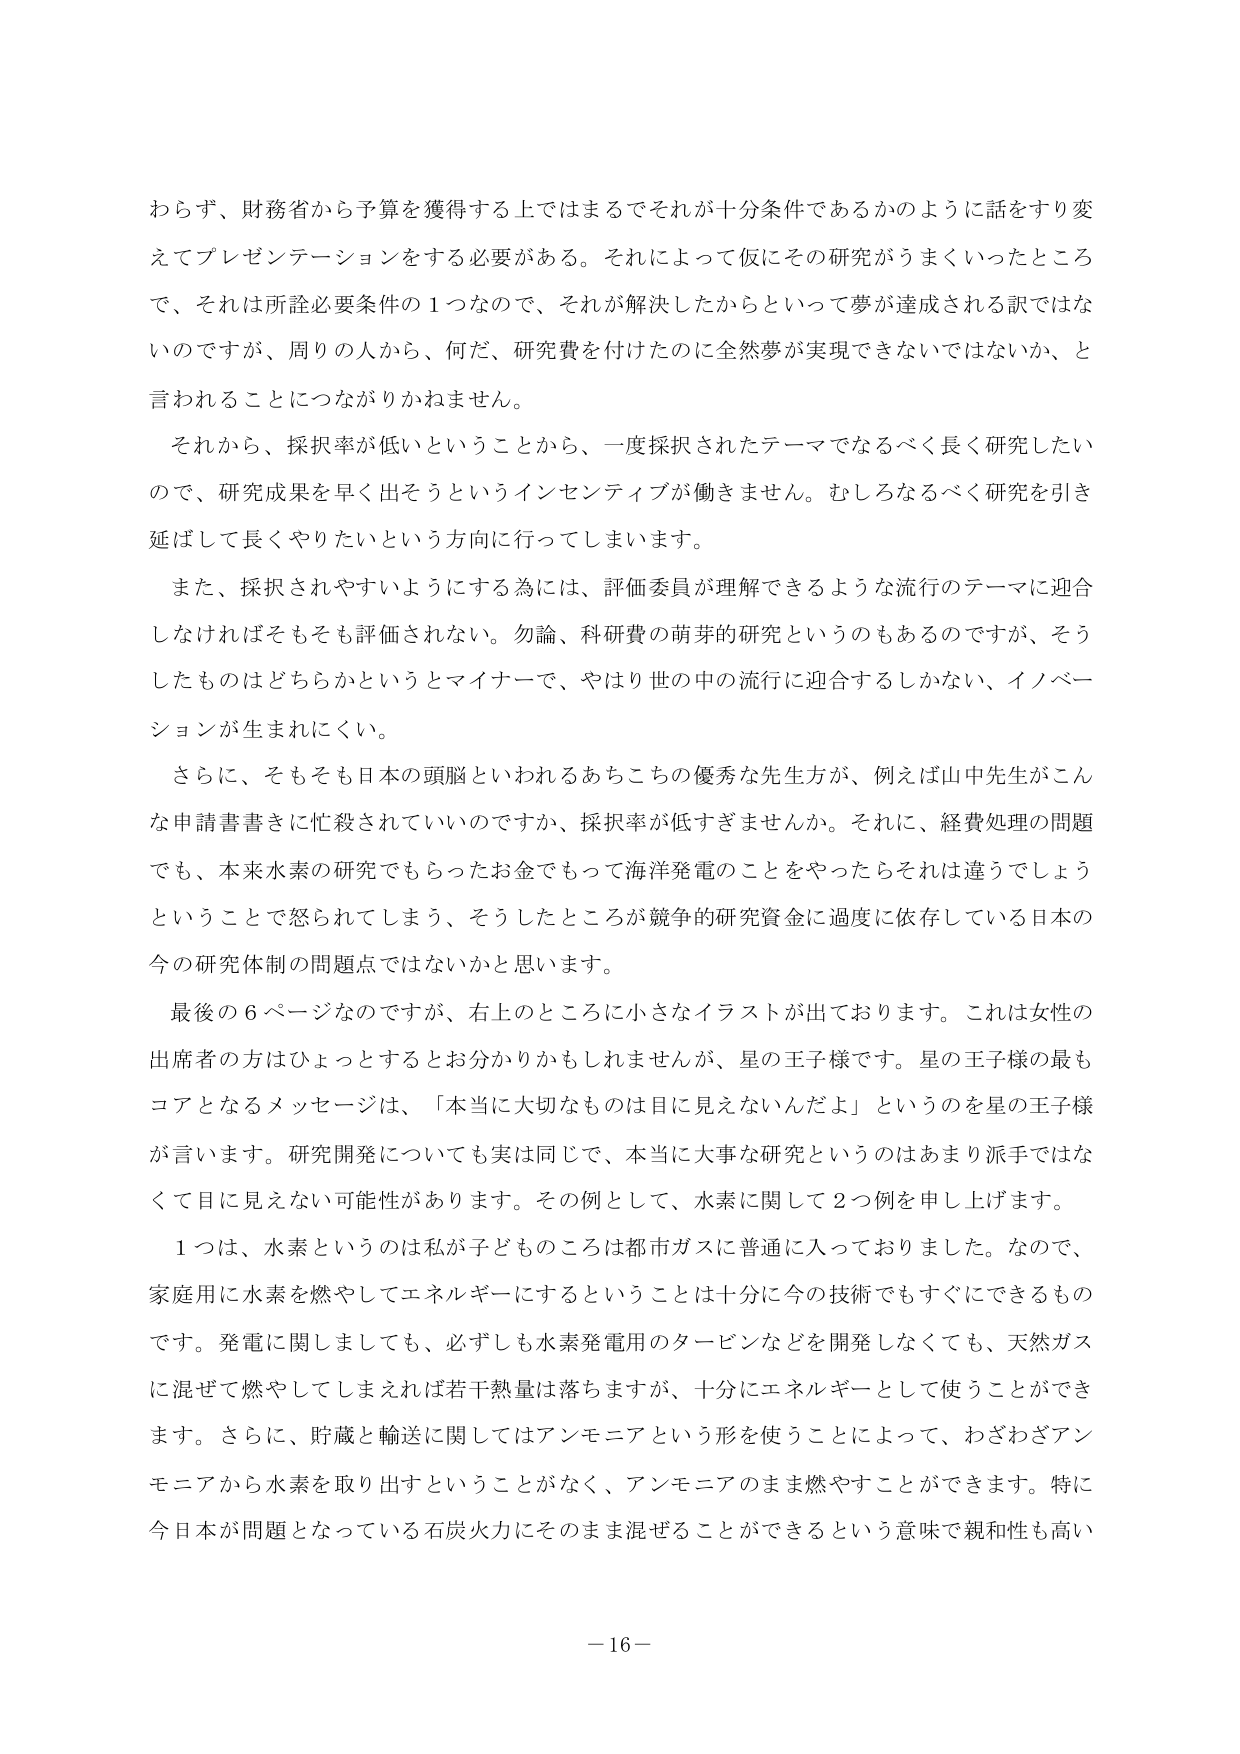
わらず、財務省から予算を獲得する上ではまるでそれが十分条件であるかのように話をすり変えてプレゼンテーションをする必要がある。それによって仮にその研究がうまくいったところで、それは所詮必要条件の１つなので、それが解決したからといって夢が達成される訳ではないのですが、周りの人から、何だ、研究費を付けたのに全然夢が実現できないではないか、と言われることにつながりかねません。

それから、採択率が低いということから、一度採択されたテーマでなるべく長く研究したいので、研究成果を早く出そうというインセンティブが働きます。むしろなるべく研究を引き延ばして長くやりたいという方向に行ってしまいます。

また、採択されやすいようにする為には、評価委員が理解できるような流行のテーマに迎合しなければそもそも評価されない。勿論、科研費の萌芽的研究というものもあるのですが、そうしたものはどちらかというとマイナーで、やはり世の中の流行に迎合するしかない、イノベーションが生まれにくい。

さらに、そもそも日本の頭脳といわれるあちこちの優秀な先生方が、例えば山中先生がこんな申請書書きに忙殺されていいのですか、採択率が低すぎませんか。それに、経費処理の問題でも、本来水素の研究でもらったお金でもって海洋発電のことをやったらそれは違うでしょうということで怒られてしまう、そうしたところが競争的研究資金に過度に依存している日本の今の研究体制の問題点ではないかと思います。

最後の６ページなのですが、右上のところに小さなイラストが出ております。これは女性の出席者の方はひょっとするとお分かりかもしれませんが、星の王子様です。星の王子様の最もコアとなるメッセージは、「本当に大切なものは目に見えないんだよ」というのを星の王子様が言います。研究開発についても実は同じで、本当に大事な研究というのはあまり派手ではなくて目に見えない可能性があります。その例として、水素に関して２つ例を申し上げます。

１つは、水素というのは私が子どものころは都市ガスに普通に入っておりました。なので、家庭用に水素を燃やしてエネルギーにするということは十分に今の技術でもすぐにできるものです。発電に関しましても、必ずしも水素発電用のタービンなどを開発しなくても、天然ガスに混ぜて燃やしてしまえば若干熱量は落ちますが、十分にエネルギーとして使うことができます。さらに、貯蔵と輸送に関してはアンモニアという形を使うことによって、わざわざアンモニアから水素を取り出すということがなく、アンモニアのまま燃やすことができます。特に今日日本が問題となっている石炭火力にそのまま混ぜることができるという意味で親和性も高い

－16－